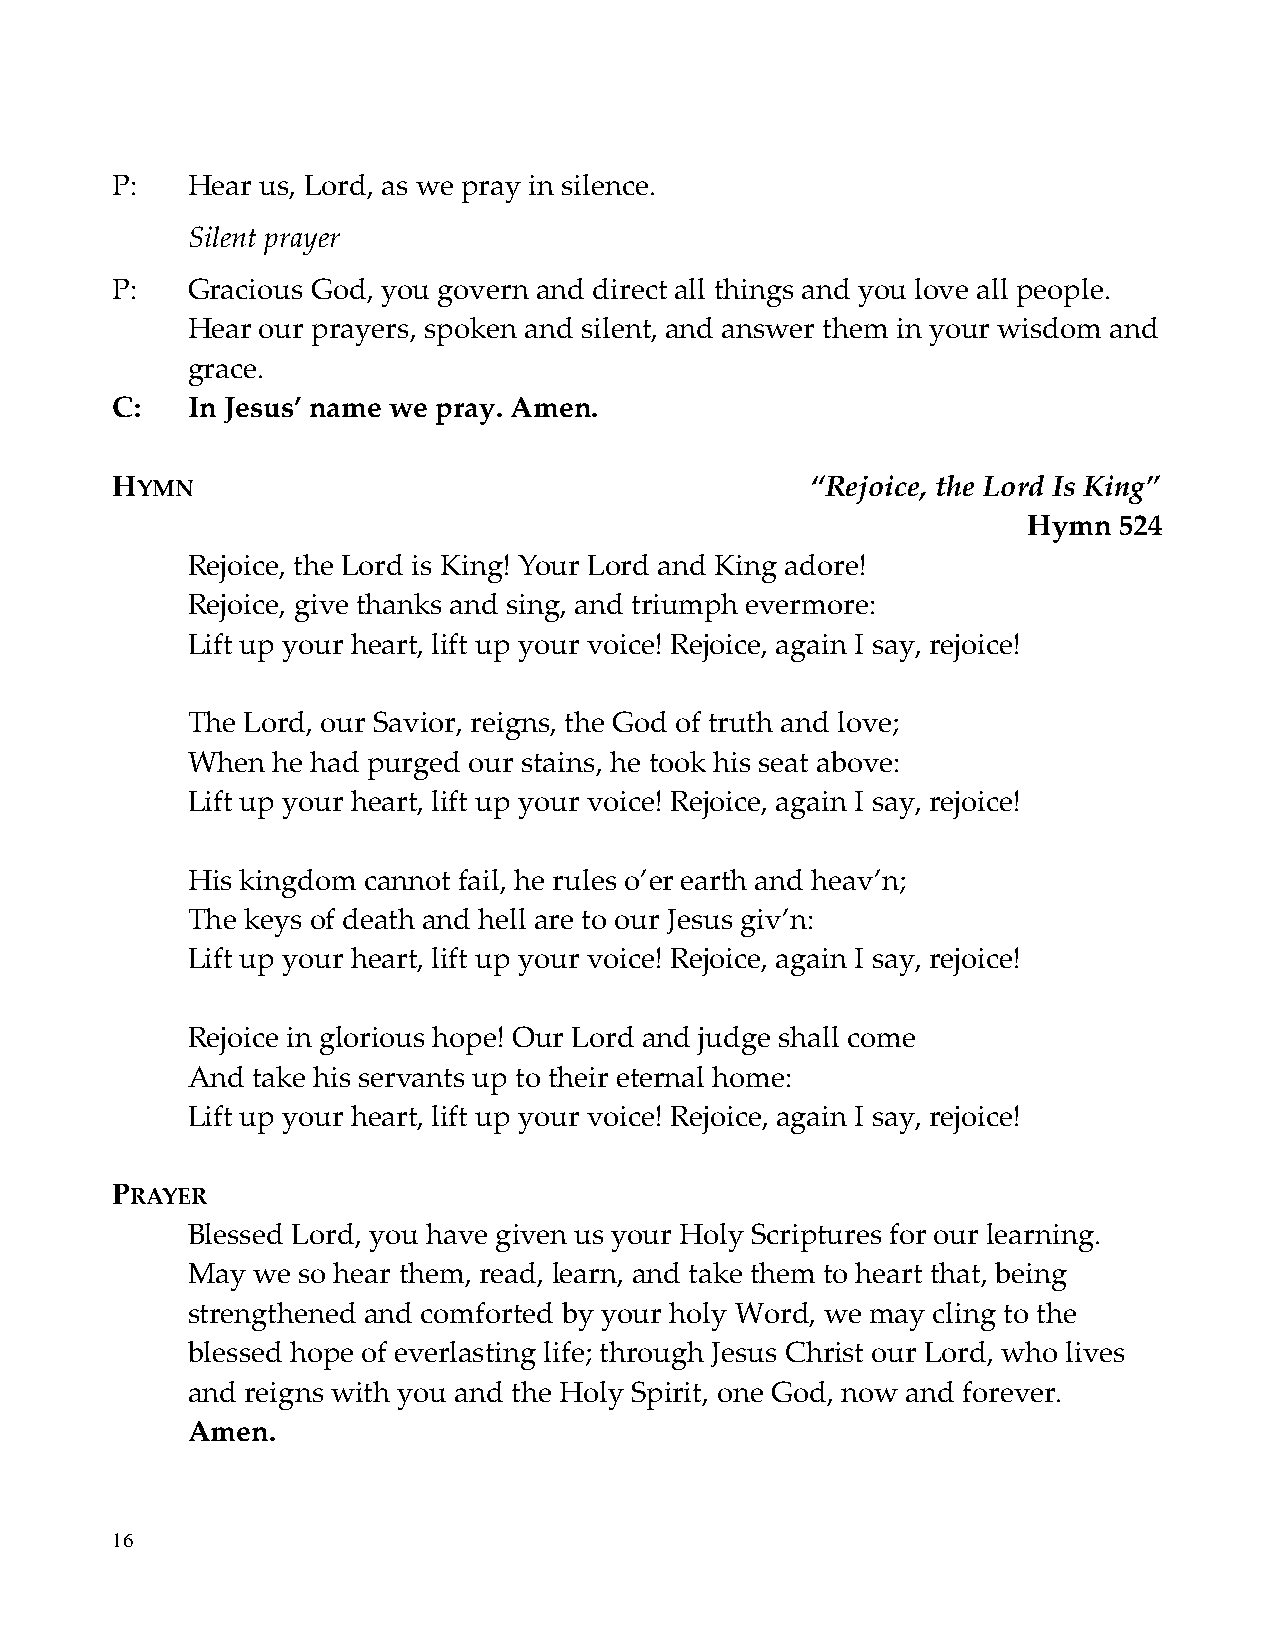
P:   Hear us, Lord, as we pray in silence.
 Silent prayer
 P:   Gracious God, you govern and direct all things and you love all people.
 Hear our prayers, spoken and silent, and answer them in your wisdom and
 grace.
 C:   In Jesus’ name we pray. Amen.
 HYMN                                           “Rejoice, the Lord Is King”
 Hymn  524
 Rejoice, the Lord is King! Your Lord and King adore!
 Rejoice, give thanks and sing, and triumph evermore:
 Lift up your heart, lift up your voice! Rejoice, again I say, rejoice!
 The Lord, our Savior, reigns, the God of truth and love;
 When  he had purged our stains, he took his seat above:
 Lift up your heart, lift up your voice! Rejoice, again I say, rejoice!
 His kingdom cannot fail, he rules o’er earth and heav’n;
 The keys of death and hell are to our Jesus giv’n:
 Lift up your heart, lift up your voice! Rejoice, again I say, rejoice!
 Rejoice in glorious hope! Our Lord and judge shall come
 And  take his servants up to their eternal home:
 Lift up your heart, lift up your voice! Rejoice, again I say, rejoice!
 PRAYER
 Blessed Lord, you have given us your Holy Scriptures for our learning.
 May  we so hear them, read, learn, and take them to heart that, being
 strengthened and comforted by your holy Word, we may cling to the
 blessed hope of everlasting life; through Jesus Christ our Lord, who lives
 and reigns with you and the Holy Spirit, one God, now and forever.
 Amen.
 16